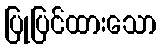
ပြုပြင်ထားသော